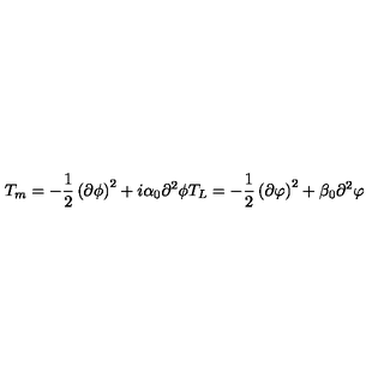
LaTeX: T _ { m } = - { \frac { 1 } { 2 } } \left( \partial \phi \right) ^ { 2 } + i \alpha _ { 0 } \partial ^ { 2 } \phi T _ { L } = - { \frac { 1 } { 2 } } \left( \partial \varphi \right) ^ { 2 } + \beta _ { 0 } \partial ^ { 2 } \varphi